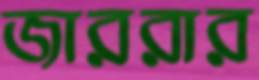
জাররার